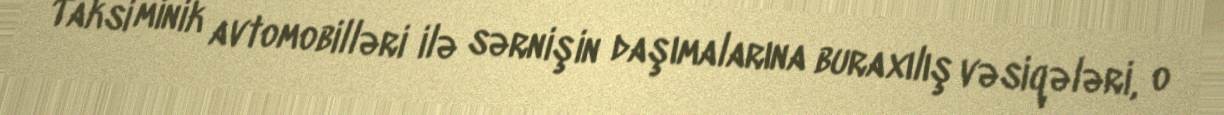
Taksi minik avtomobilləri ilə sərnişin daşımalarına buraxılış vəsiqələri, o